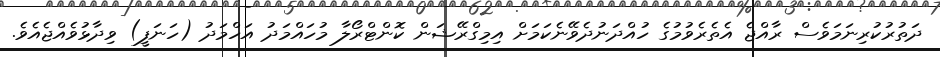
ދަތުރުކުރިނަމަވެސް ރާއްޖެ އެތެރެވުމުގެ ހުއްދަނުދެވޭނެކަމަށް އިމިގްރޭޝަން ކޮންޓްރޯލާ މުހައްމަދު އަހްމަދު (ހަނަފީ) ވިދާޅުވެއްޖެއެވެ.